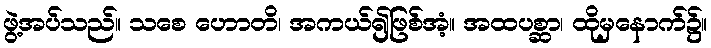
ဖွဲ့အပ်သည်။ သစေ ဟောတိ၊ အကယ်၍ဖြစ်အံ့။ အထပစ္ဆာ၊ ထိုမှနောက်၌။